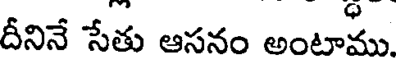
దీనినే సేతు ఆసనం అంటాము.